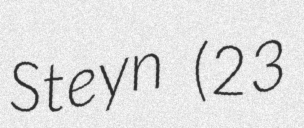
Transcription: Steyn (23